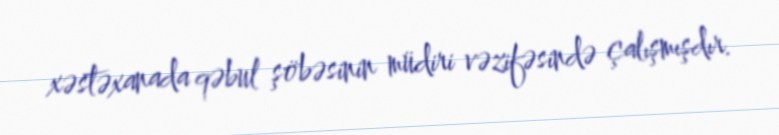
xəstəxanada qəbul şöbəsinin müdiri vəzifəsində çalışmışdır.